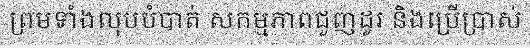
ព្រមទាំងលុបបំបាត់ សកម្មភាពជួញដូរ និងប្រើប្រាស់